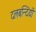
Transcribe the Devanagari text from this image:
दलबन्दियों